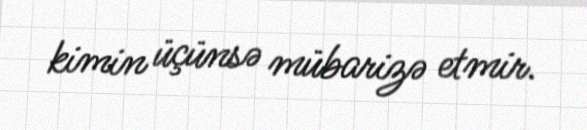
kimin üçünsə mübarizə etmir.